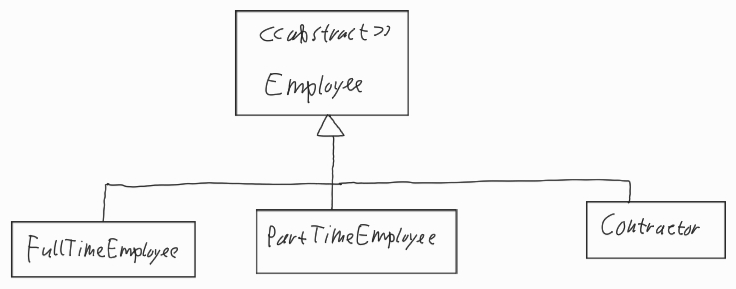
Diagram type: class_diagram
```plantuml
@startuml

abstract Employee

class FullTimeEmployee extends Employee

class PartTimeEmployee extends Employee

class Contractor extends Employee

@enduml
```